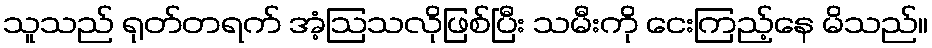
သူသည် ရုတ်တရက် အံ့ဩသလိုဖြစ်ပြီး သမီးကို ငေးကြည့်နေ မိသည်။